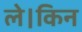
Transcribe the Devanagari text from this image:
ले।किन